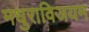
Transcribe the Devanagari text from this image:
मधुराविजयम